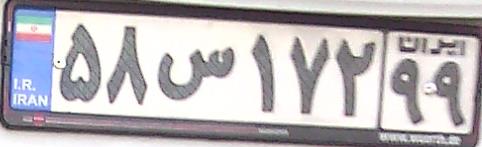
۵۸س۱۷۲۹۹